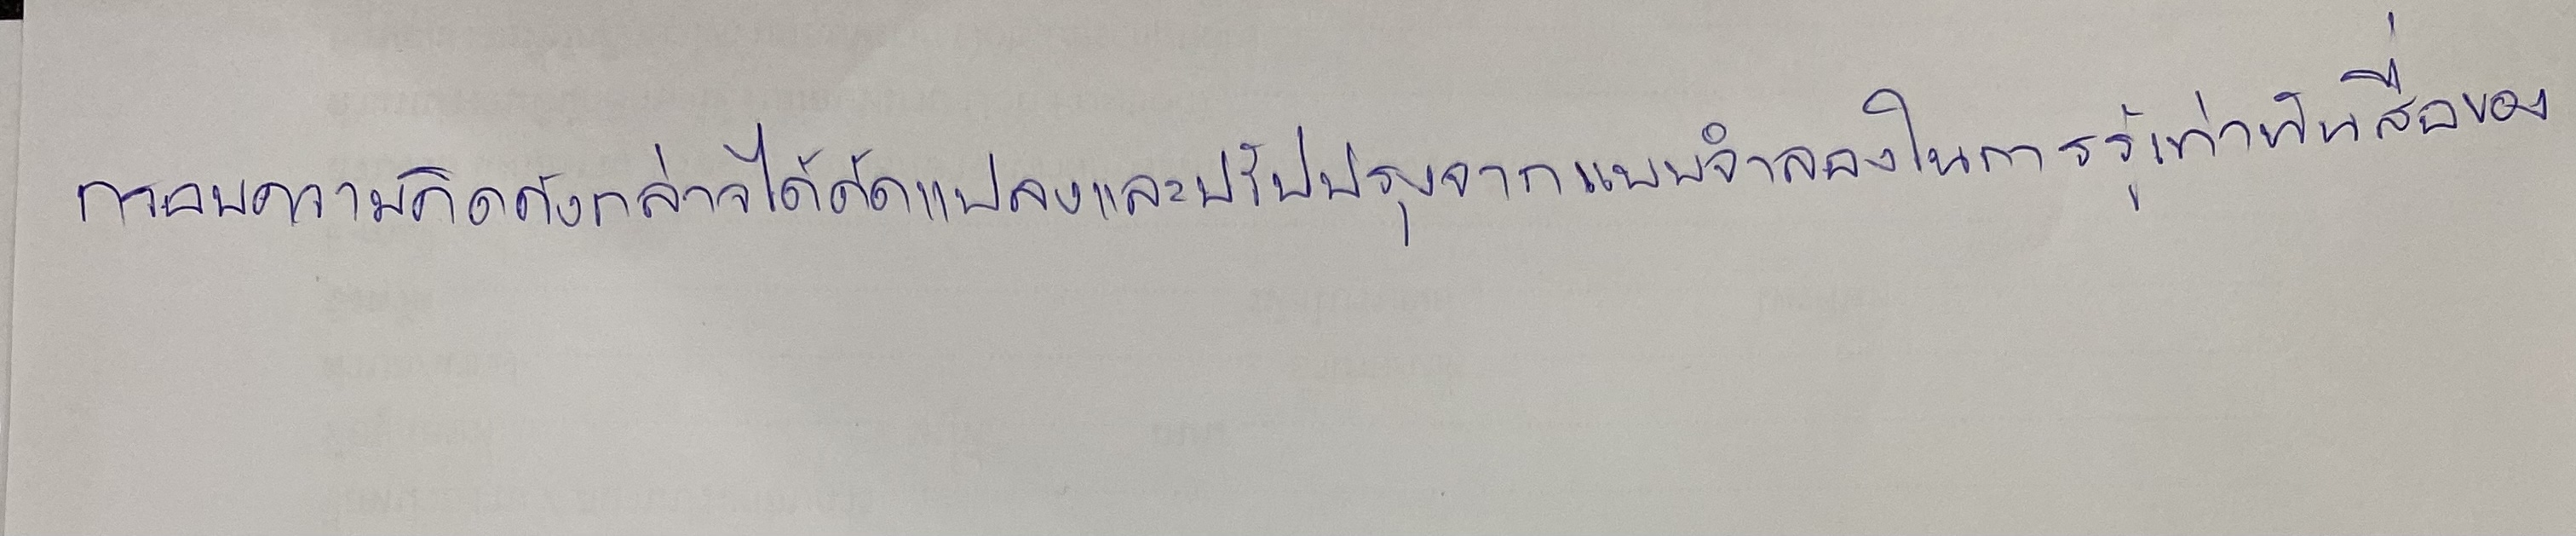
กรอบความคิดดังกล่าวได้ดัดแปลงและปรับปรุงจากแบบจำลองในการรู้เท่าทันสื่อของ